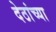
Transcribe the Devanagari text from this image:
देठांच्या